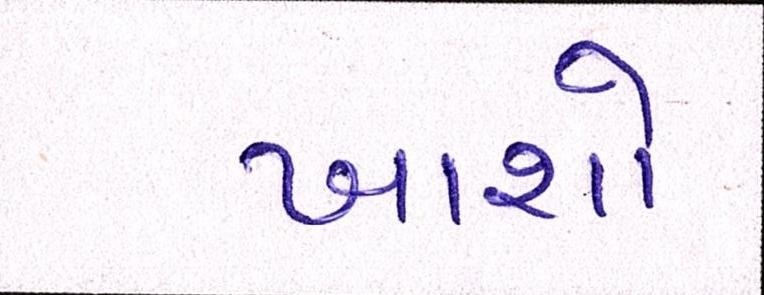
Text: ખાશો